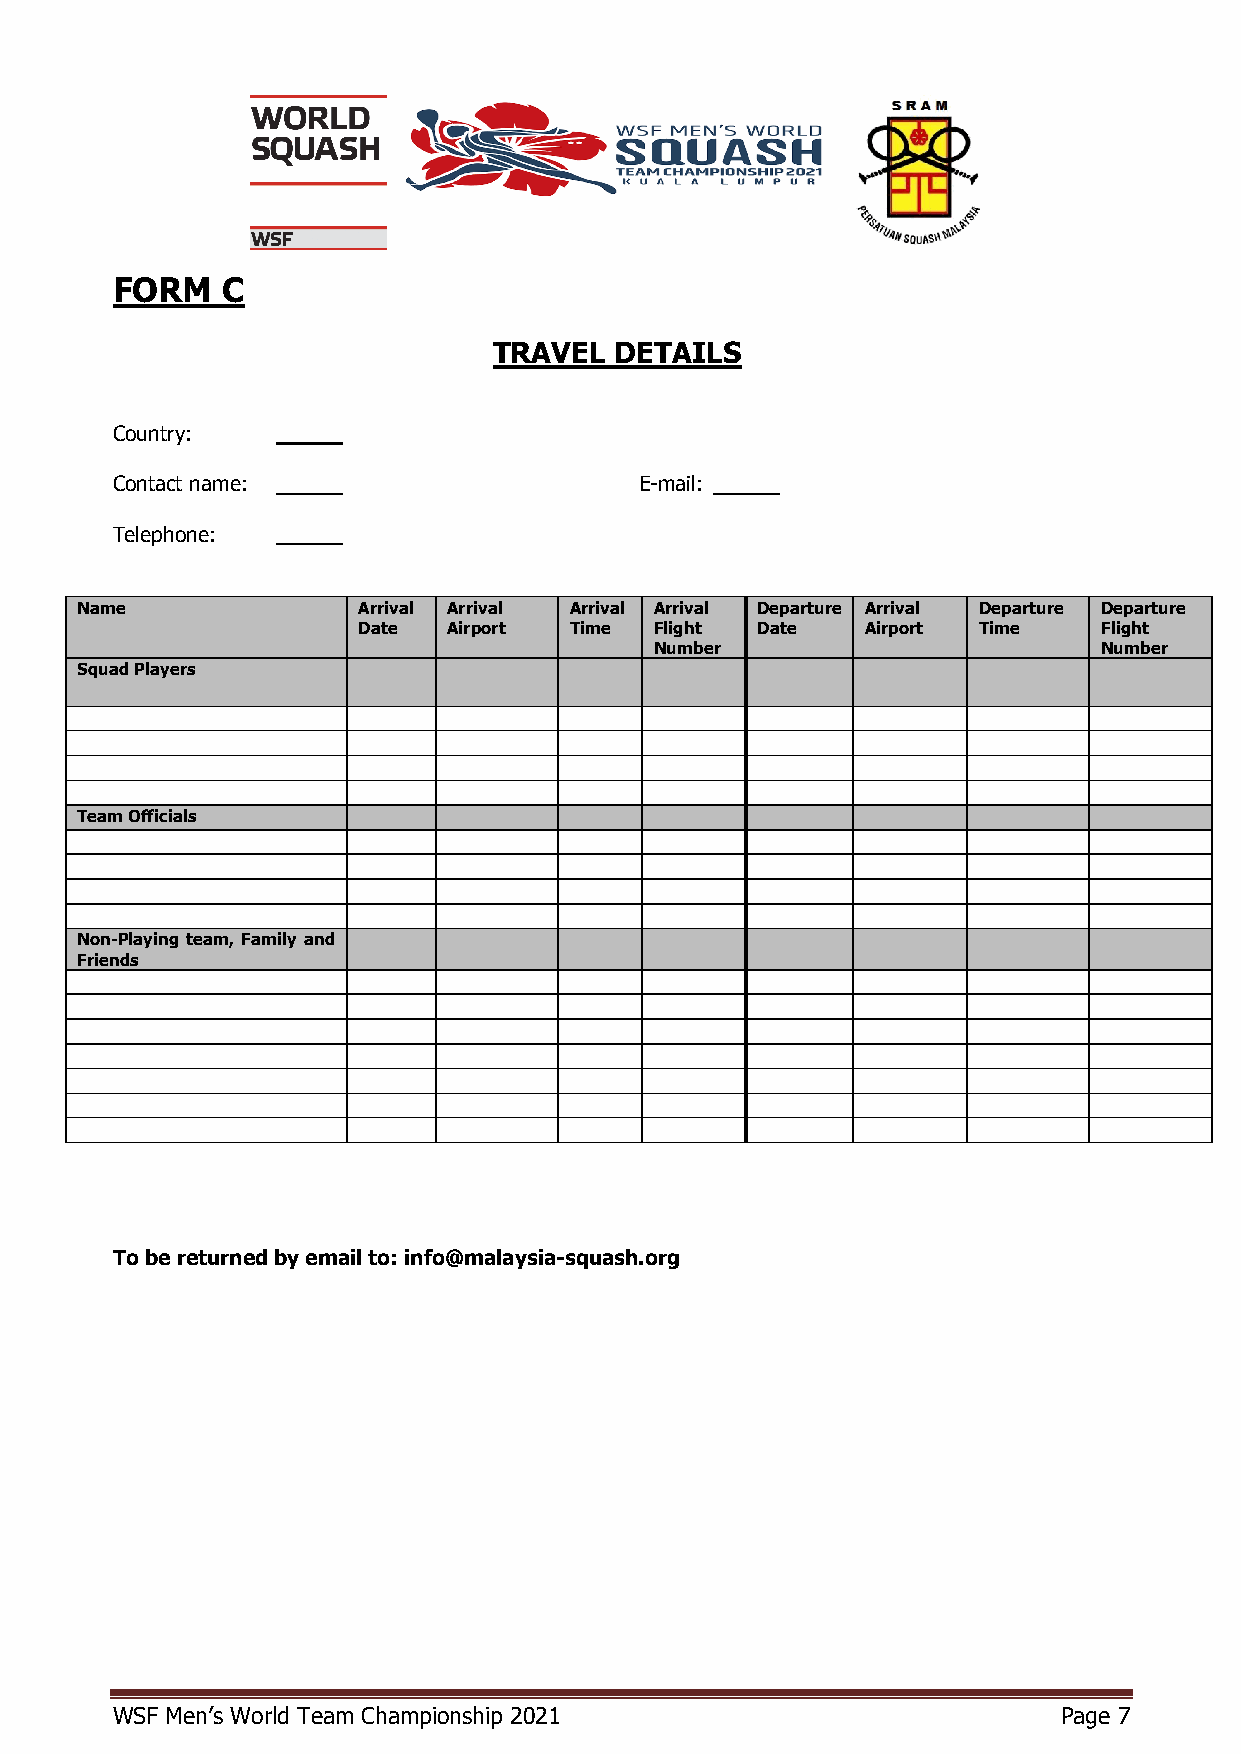
FORM    C
 TRAVEL  DETAILS
 Country:
 Contact name:                      E-mail:
 Telephone:
 Name               Arrival Arrival Arrival Arrival Departure Arrival Departure Departure
 Date  Airport Time Flight Date   Airport Time    Flight
 Number                        Number
 Squad Players
 Team Officials
 Non-Playing team, Family and
 Friends
 To be returned by email to: info@malaysia-squash.org
 WSF Men’s World Team Championship 2021                         Page 7